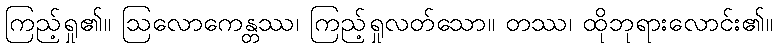
ကြည့်ရှု၏။ ဩလောကေန္တဿ၊ ကြည့်ရှုလတ်သော။ တဿ၊ ထိုဘုရားလောင်း၏။